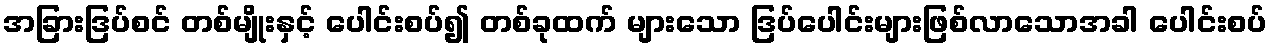
အခြားဒြပ်စင် တစ်မျိုးနှင့် ပေါင်းစပ်၍ တစ်ခုထက် များသော ဒြပ်ပေါင်းများဖြစ်လာသောအခါ ပေါင်းစပ်